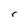
Character: r